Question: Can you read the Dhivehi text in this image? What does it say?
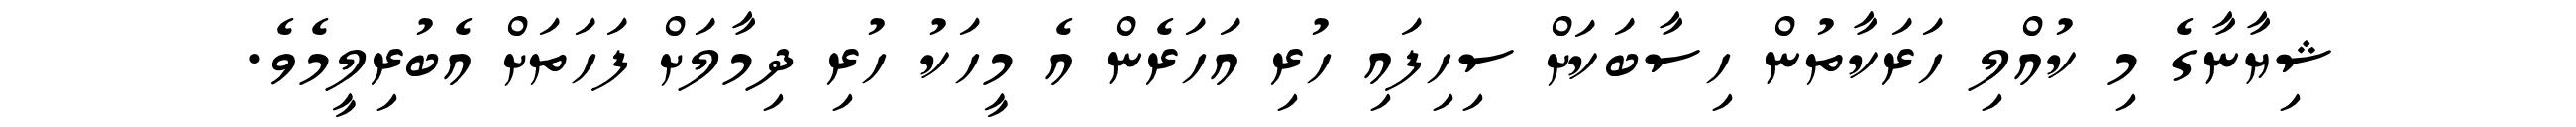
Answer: ޝިޔާނާގެ މި ކުއްލި ހަރަކާތުން ހިސާބަކަށް ސިހިފައި ހުރި އަހަރެން އެ މީހަކު ހުރި ދިމާލަށް ފަހަތަށް އެބުރިލީމެވެ.